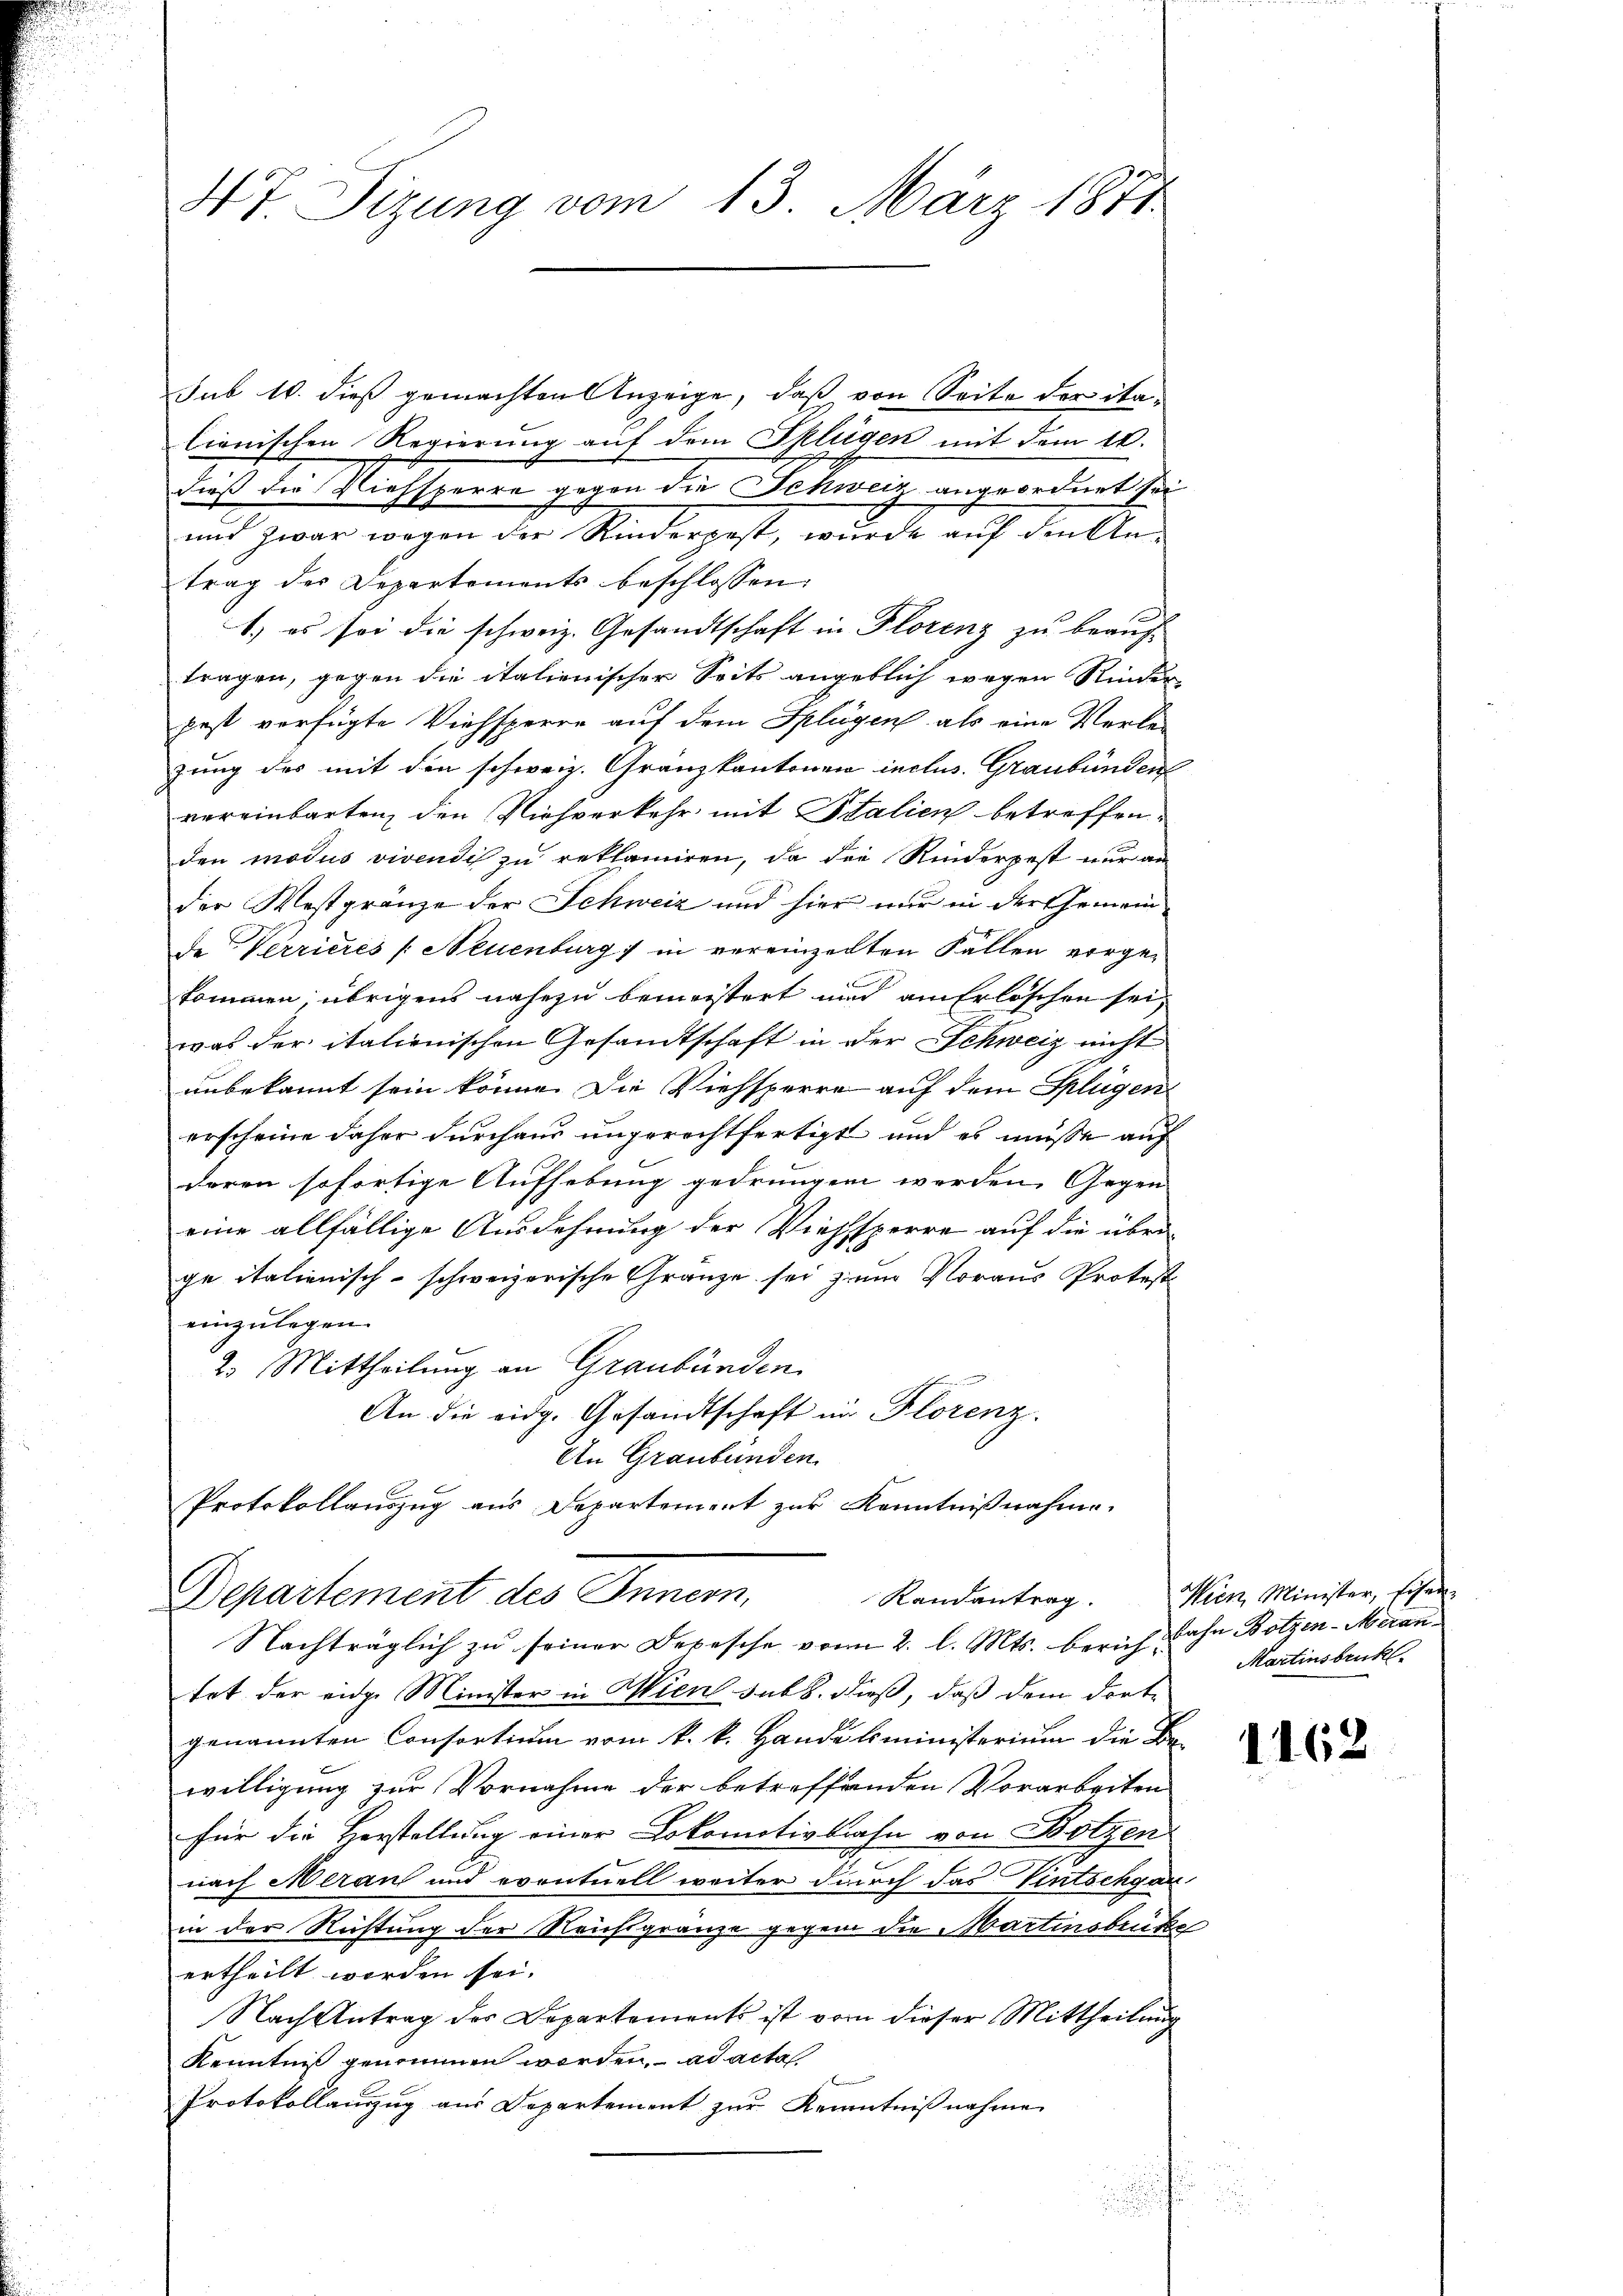
47 Sizung vom 13. März 1871

sub 10. dieß gemachten Anzeige, daß von Seite der italienischen Regierung auf dem Sklügen mit dem 10.
dieß der Viehsperre gegen die Schweiz angeordnet sei
und zwar wegen der Rinderpost, wurde auf den Antrag der Departements beschlossen
1) es sei die schweiz. Gesandtschaft in Florenz zu beauf-
tragen, gegen die italienischer Seits angeblich wegen Kinder
pest verfügte Viehsperre auf dem Splügen als eine Verle-
zung des mit den schweiz. Gränzkantonen inclus. Graubünden
vereinbarten, den Niehverkehr mit Italien betreffen,
den modus vivendis zu reklamiren, da die Rinderpest nur an
der Westgränze der Schweiz und hier nur in der Gemein
de Verrieres /: Neuenburg in vereinzelten Fällen vorge-
kommen; übrigens nahezu bemeistert und am Erlöschen sei,
was der italienischen Gesandtschaft in der Schweiz nicht
unbekannt sein könne. Die Viehsperre auf dem Splügen
erscheine daher durchaus ungerechtfertigt und es müße auf
deren sofortige Aufhebung gedrungen werden. Gegen
eine allfällige Ausdehnung der Viehsperre auf die überge italienisch-schweizerische Gränze sei zum Voraus Protest
einzulegen.
2. Mittheilung an Graubünden.
An die eidg. Gesandtschaft in Florenz.
An Graubünden.
Protokollauszug aus Departement zur Kenntnißnahme.
Randantrag. Mein Minister, schen
Departement des Innern,
Nachträglich zu seiner Depesche vom 2. l. Mts. berich Bahn Botzen-Meran
tet der eidge Minister in Wien sub b. dieß, daß dem dortgenannten Consortium vom k. k. Handelsministerium die Be-
willigung zur Vornahme der betreffenden Vorarbeiten
für die Herstellung einer Lokomotivbahn von Botzen.
nach Meran und eventuell weiter durch das Vintschgan
in der Richtung der Reichsgränze gegen die Martinsbeite
ertheilt werden sei.
Nach Antrag der Departements ist von dieser Mittheilung
Kenntniß genommen werden, ad acta
Protokollauszug aus Departement zur Kenntnißnahme

s
u

Martinsbruk.

1162